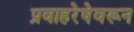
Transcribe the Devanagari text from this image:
प्रवाहरेषेवरून